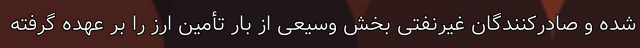
شده و صادرکنندگان غیرنفتی بخش وسیعی از بار تأمین ارز را بر عهده گرفته